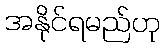
အနိုင်ရမည်ဟု